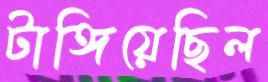
টাঙ্গিয়েছিল